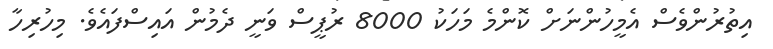
އިތުރުންވެސް އެމީހުންނަށް ކޮންމެ މަހަކު 8000 ރުޕީސް ވަނީ ދެމުން އައިސްފައެވެ. މިހުރިހާ